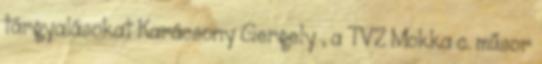
tárgyalásokat Karácsony Gergely , a TV2 Mokka c. műsor